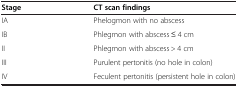
<table><thead><tr><td><b>Stage</b></td><td><b>CT scan findings</b></td></tr></thead><tbody><tr><td>IA</td><td>Phelogmon with no abscess</td></tr><tr><td>IB</td><td>Phlegmon with abscess ≤ 4 cm</td></tr><tr><td>II</td><td>Phlegmon with abscess &gt; 4 cm</td></tr><tr><td>III</td><td>Purulent pertonitis (no hole in colon)</td></tr><tr><td>IV</td><td>Feculent pertonitis (persistent hole in colon)</td></tr></tbody></table>